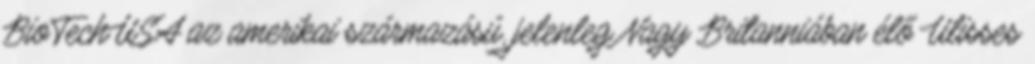
BioTechUSA az amerikai származású, jelenleg Nagy Britanniában élő Ulisses